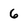
Character: 6